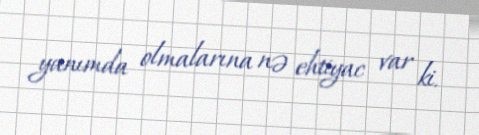
yanımda olmalarına nə ehtiyac var ki.